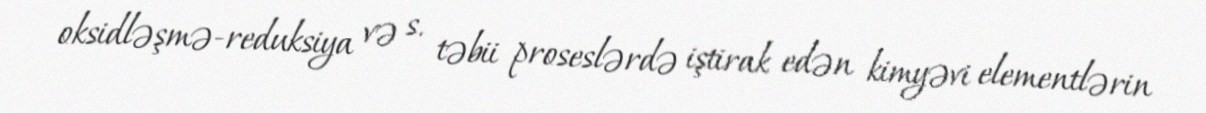
oksidləşmə-reduksiya və s. təbii proseslərdə iştirak edən kimyəvi elementlərin